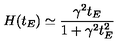
H ( t _ { E } ) \simeq \frac { \gamma ^ { 2 } t _ { E } } { 1 + \gamma ^ { 2 } t _ { E } ^ { 2 } }